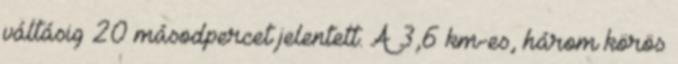
váltásig 20 másodpercet jelentett. A 3,6 km-es, három körös